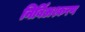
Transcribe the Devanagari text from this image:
निर्बिअश्करण